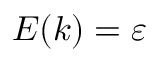
E ( k ) = \varepsilon